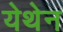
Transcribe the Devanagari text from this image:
येथेन